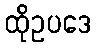
ထိုဥပဒေ